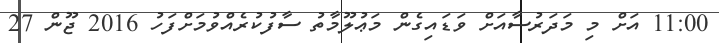
11:00 އަށް މި މަދަރުސާއަށް ވަޑައިގެން މަޢުލޫމާތު ސާފުކުރެއްވުމަށްފަހު 2016 ޖޫން 27